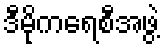
ဒီမိုကရေစီအဖွဲ့